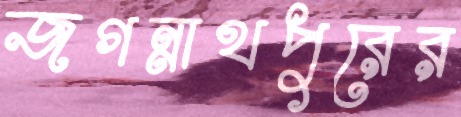
জগন্নাথপুরের